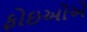
ફોઇઓએ